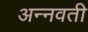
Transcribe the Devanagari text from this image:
अन्नवती